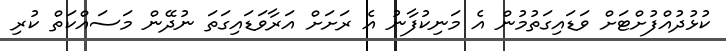
ކުޅުދުއްފުށްޓަށް ވަޑައިގަތުމުން އެ މަނިކުފާނު އެ ރަށަށް އަރާވަޑައިގަތަ ނުދޭން މަސައްކަތް ކުރި